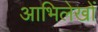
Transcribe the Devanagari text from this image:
आभिलेखों